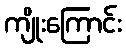
ကျိုးကြောင်း